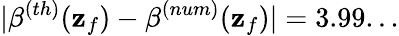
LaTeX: |\beta^{(th)}(\mathbf{z}_{f})-\beta^{(num)}(\mathbf{z}_{f})|=3.99...